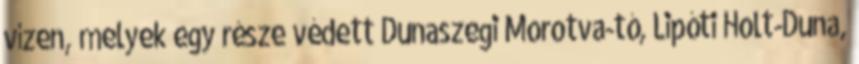
vízen, melyek egy része védett Dunaszegi Morotva-tó, Lipóti Holt-Duna,